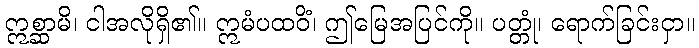
ဣစ္ဆာမိ၊ ငါအလိုရှိ၏။ ဣမံပထဝိံ၊ ဤမြေအပြင်ကို။ ပတ္တုံ၊ ရောက်ခြင်းငှာ။